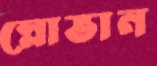
স্লোভান